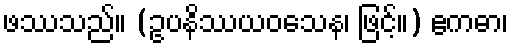
ဖဿသည်။ (ဥပနိဿယဝသေန၊ ဖြင့်။) ဧကဓာ၊